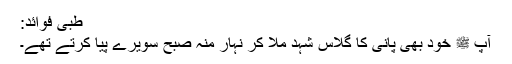
طبی فوائد:
آپ ﷺ خود بھی پانی کا گلاس شہد ملا کر نہار منہ صبح سویرے پیا کرتے تھے۔